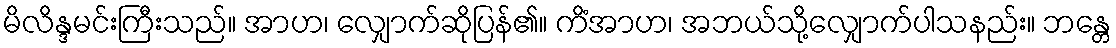
မိလိန္ဒမင်းကြီးသည်။ အာဟ၊ လျှောက်ဆိုပြန်၏။ ကိံအာဟ၊ အဘယ်သို့လျှောက်ပါသနည်း။ ဘန္တေ